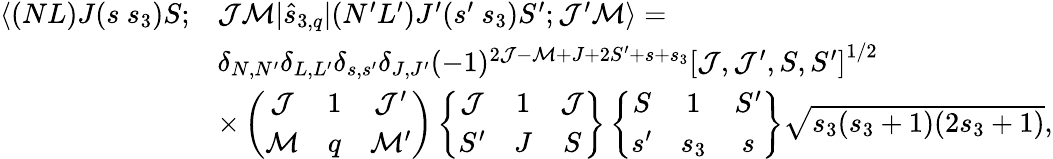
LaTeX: \begin{array}{rl}{\langle(NL)J(s~s_{3})S;}&{\mathcal{J}\mathcal{M}|\hat{s}_{3,q}|(N^{\prime}L^{\prime})J^{\prime}(s^{\prime}~s_{3})S^{\prime};\mathcal{J}^{\prime}\mathcal{M}\rangle=}\\ &{\delta_{N,N^{\prime}}\delta_{L,L^{\prime}}\delta_{s,s^{\prime}}\delta_{J,J^{\prime}}(-1)^{2\mathcal{J}-\mathcal{M}+J+2S^{\prime}+s+s_{3}}\left[\mathcal{J},\mathcal{J}^{\prime},S,S^{\prime}\right]^{1/2}}\\ &{\times\left(\begin{array}{ccc}{\mathcal{J}}&{1}&{\mathcal{J}^{\prime}}\\ {\mathcal{M}}&{q}&{\mathcal{M}^{\prime}}\end{array}\right)\left\{ \begin{array}{ccc}{\mathcal{J}}&{1}&{\mathcal{J}}\\ {S^{\prime}}&{J}&{S}\end{array}\right\} \left\{ \begin{array}{ccc}{S}&{1}&{S^{\prime}}\\ {s^{\prime}}&{s_{3}}&{s}\end{array}\right\} \sqrt{s_{3}(s_{3}+1)(2s_{3}+1)},}\end{array}